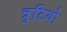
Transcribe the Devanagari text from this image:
त्रुटियो